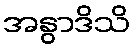
အနွာဒိသိ